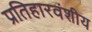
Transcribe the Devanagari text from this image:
प्रतिहारवंशीय